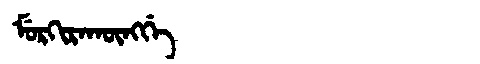
Manchu: ᠮᡠᡵᡴᡳᡵᠠᡴᡡᠩᡤᡝ
Romanization: MURKIRAKŪNGGE